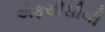
એફસીસીબી